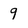
Character: 9